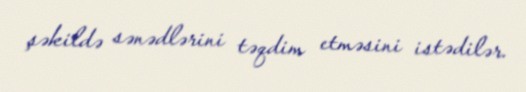
şəkildə sənədlərini təqdim etməsini istədilər.